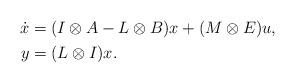
LaTeX: \begin{align*} \begin{aligned} \dot x &= (I \otimes A - L \otimes B) x + (M \otimes E) u, \\ y &= (L \otimes I) x. \end{aligned}\end{align*}